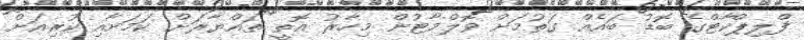
ފްލިޕްކާޓްގެ ބޮޑު ބައެއް ގަތުމަށް ވޮލްމާޓުން މިހާރު އޮތީ ތައްޔާރަށް ކަމަށާއި ކުރިއަށް